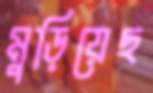
মুড়িয়েছ